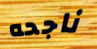
ناجحه